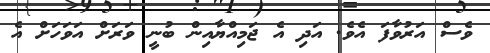
ވެސް އަރުވާފަ އެވެ. އަދި އެ ޖަމިއްޔާއިން ބުނީ ވަރަށް އަވަހަށް އެ